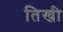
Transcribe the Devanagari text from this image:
तिखी